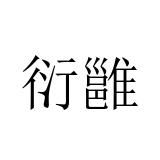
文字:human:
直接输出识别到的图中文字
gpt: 衍雝